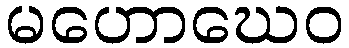
မဟောဃေဝ